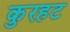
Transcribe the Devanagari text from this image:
कुरहट